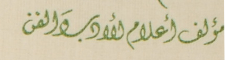
مؤلف أعلام الأدبَ والفن